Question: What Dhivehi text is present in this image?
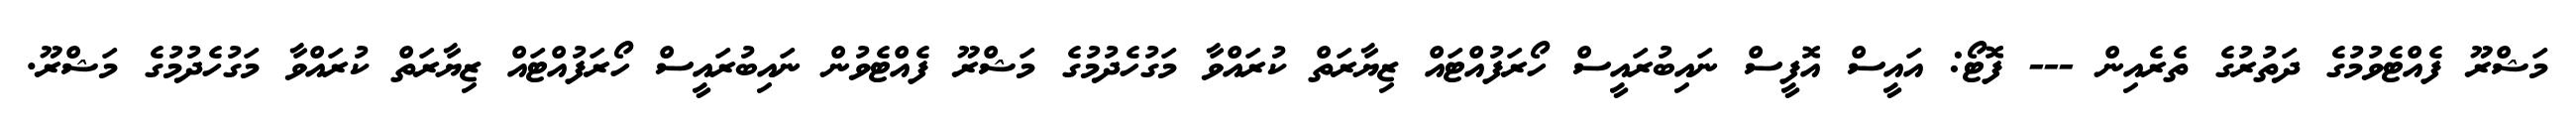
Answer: މަޝްރޫ ފެއްޓެވުމުގެ ދަތުރުގެ ތެރެއިން --- ފޮޓޯ: އައީސް އޮފީސް ނައިބުރައީސް ހޯރަފުއްޓައް ޒިޔާރަތް ކުރައްވާ މަގުހެދުމުގެ މަޝްރޫ ފެއްޓެވުން ނައިބުރައީސް ހޯރަފުއްޓައް ޒިޔާރަތް ކުރައްވާ މަގުހެދުމުގެ މަޝްރޫ.